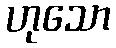
ဟုသော